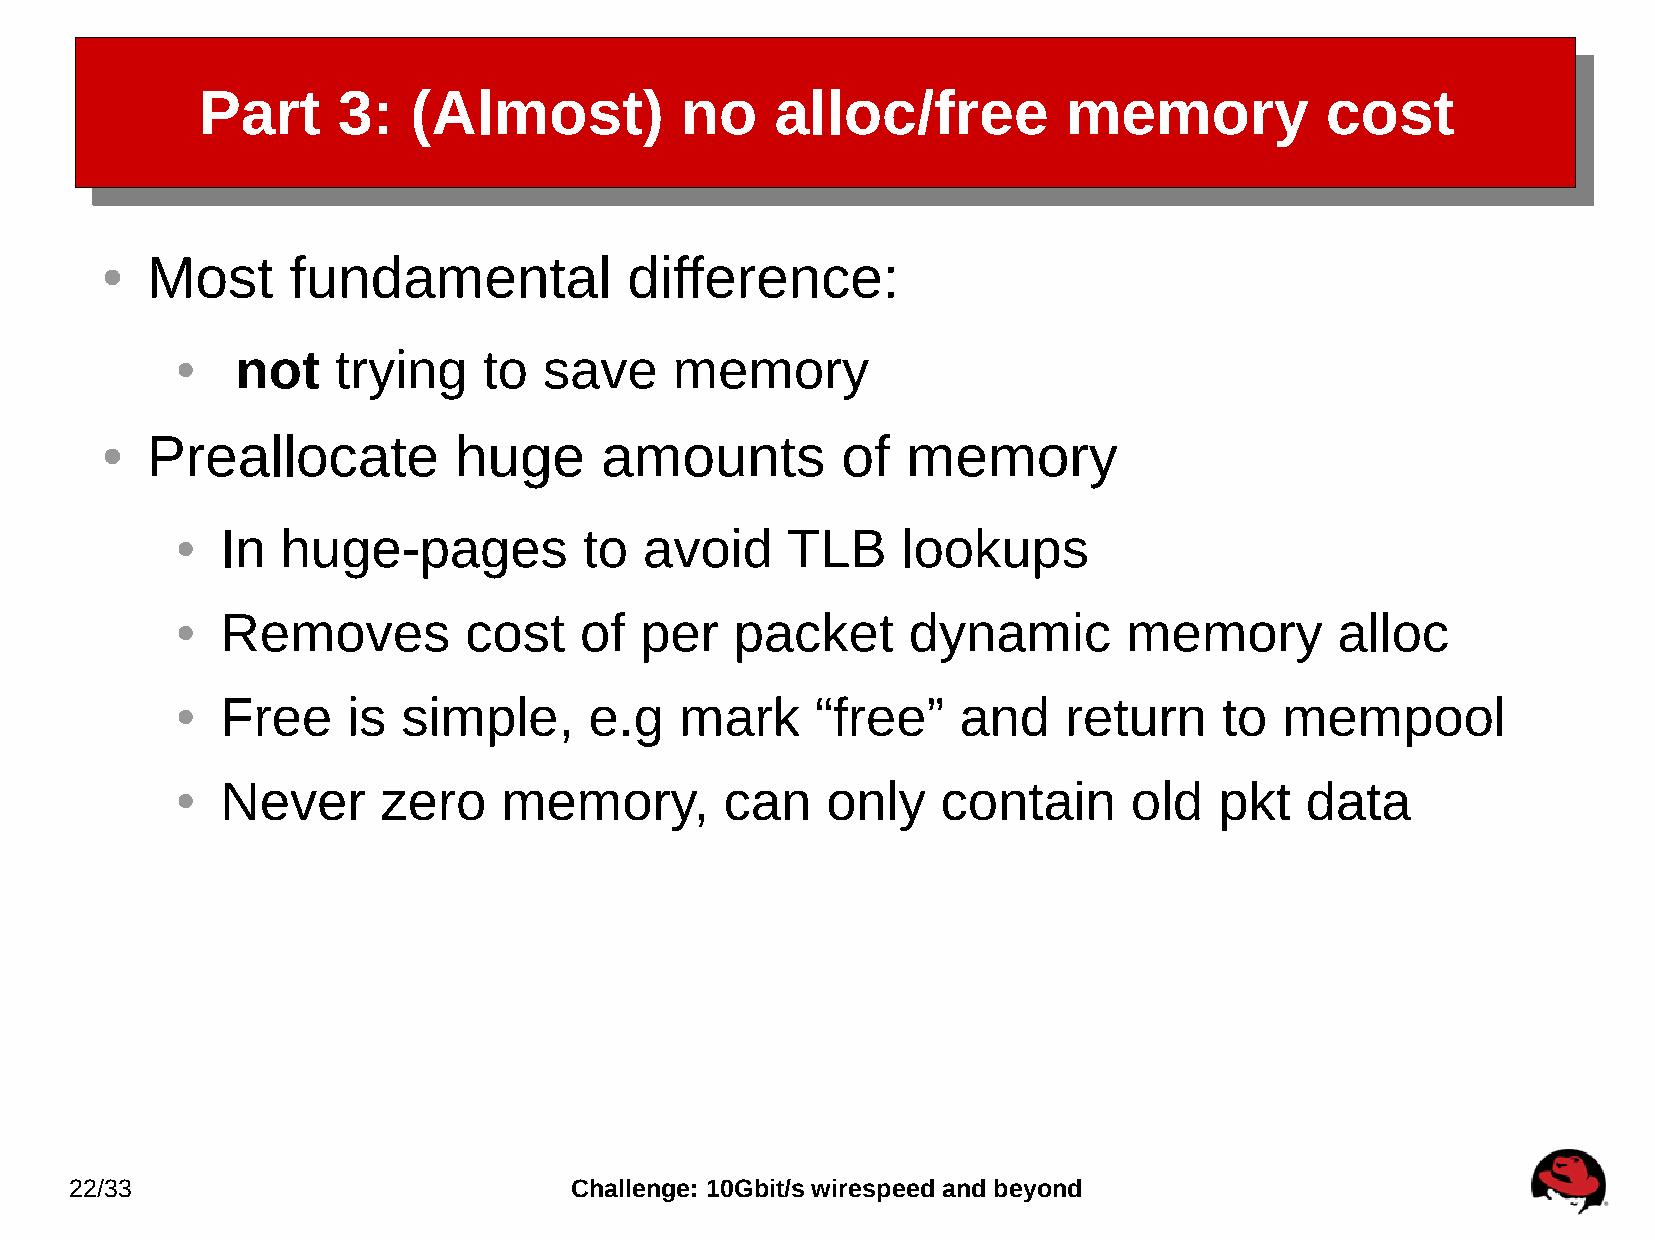
Part     3:   (Almost)          no    alloc/free          memory           cost
 Most     fundamental            difference:
 ●
 not   trying    to  save     memory
 ●
 Preallocate         huge      amounts         of  memory
 ●
 In  huge-pages          to  avoid    TLB     lookups
 ●
 Removes         cost   of  per    packet     dynamic        memory        alloc
 ●
 Free    is  simple,     e.g   mark     “free”   and    return     to  mempool
 ●
 Never     zero    memory,        can    only   contain      old   pkt  data
 ●
 22/33                            Challenge: 10Gbit/s wirespeed and beyond